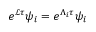
e ^ { \mathcal { L } \tau } \psi _ { i } = e ^ { \Lambda _ { i } \tau } \psi _ { i }